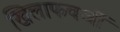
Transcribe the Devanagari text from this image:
खिलाफवर्जी